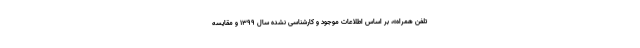
تلفن همراه»، بر اساس اطلاعات موجود و کارشناسی نشده سال 1399 و مقایسه